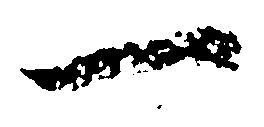
一